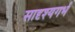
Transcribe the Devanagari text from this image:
सादृश्यगर्भ